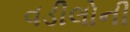
વડીલોની